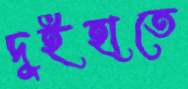
দুইহাতে